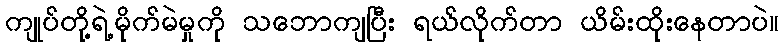
ကျုပ်တို့ရဲ့မိုက်မဲမှုကို သဘောကျပြီး ရယ်လိုက်တာ ယိမ်းထိုးနေတာပဲ။